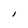
Character: I